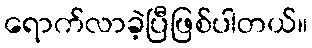
ရောက်လာခဲ့ပြီဖြစ်ပါတယ်။